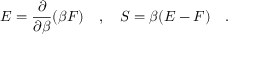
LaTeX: E = { \frac { \partial } { \partial \beta } } ( \beta F ) ~ ~ ~ , ~ ~ ~ S = \beta ( E - F ) ~ ~ ~ .